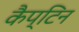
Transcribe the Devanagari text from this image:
कैप्टिन